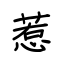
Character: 惹